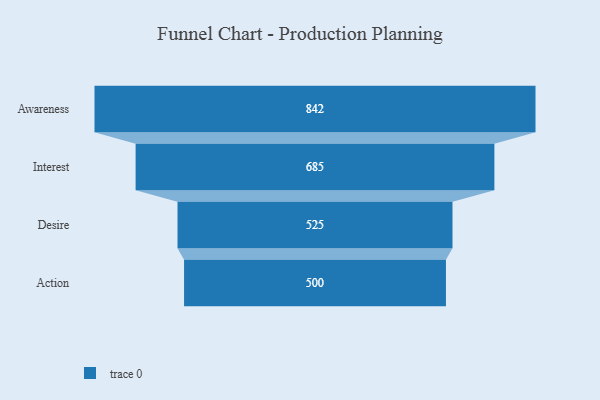
{"axis": {"x": "Stage", "y": "Value"}, "legend": [""], "data": [{"x": "Awareness", "y": 842.0, "type": ""}, {"x": "Interest", "y": 685.0, "type": ""}, {"x": "Desire", "y": 525.0, "type": ""}, {"x": "Action", "y": 500, "type": ""}]}